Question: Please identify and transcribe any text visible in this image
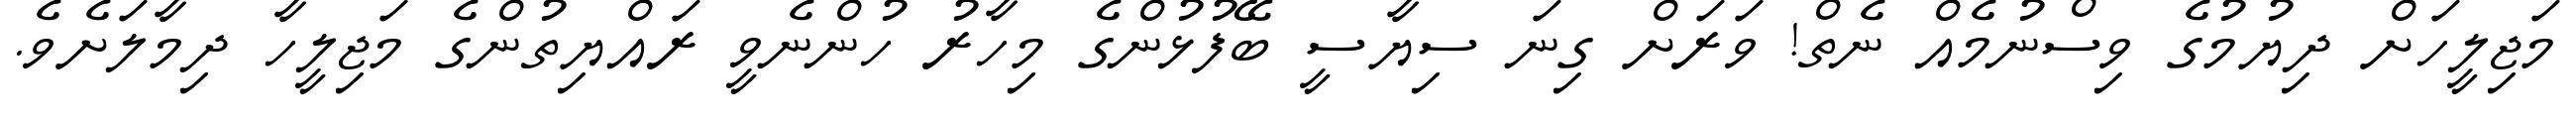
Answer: މަޖިލީހަށް ދިޔުމުގެ ވިސްނުމެއް ނެތް! ވަރަށް ގިނަ ސިޔާސީ ބޭފުޅުންގެ މިހާރު ހުންނެވީ ރައްޔިތުންގެ މަޖިލީހާ ދިމާލަށެވެ.